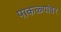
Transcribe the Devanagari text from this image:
पाकळ्यांवर